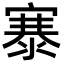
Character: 𪧦